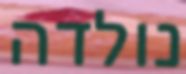
נולדה